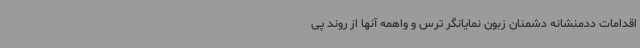
اقدامات ددمنشانه دشمنان زبون نمایانگر ترس و واهمه آنها از روند پی